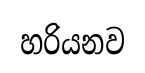
හරියනව